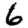
Digit: 6